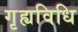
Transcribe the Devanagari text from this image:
गृह्यविधि